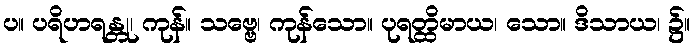
ပ။ ပရိဟရန္တု၊ ကုန်။ သဗ္ဗေ၊ ကုန်သော။ ပုရတ္ထိမာယ၊ သော။ ဒိသာယ၊ ၌။